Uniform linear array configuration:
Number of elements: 16
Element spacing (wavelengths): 1
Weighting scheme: exponential
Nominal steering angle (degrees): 45
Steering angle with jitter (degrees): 44.165
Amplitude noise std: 0.05
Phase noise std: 0.05

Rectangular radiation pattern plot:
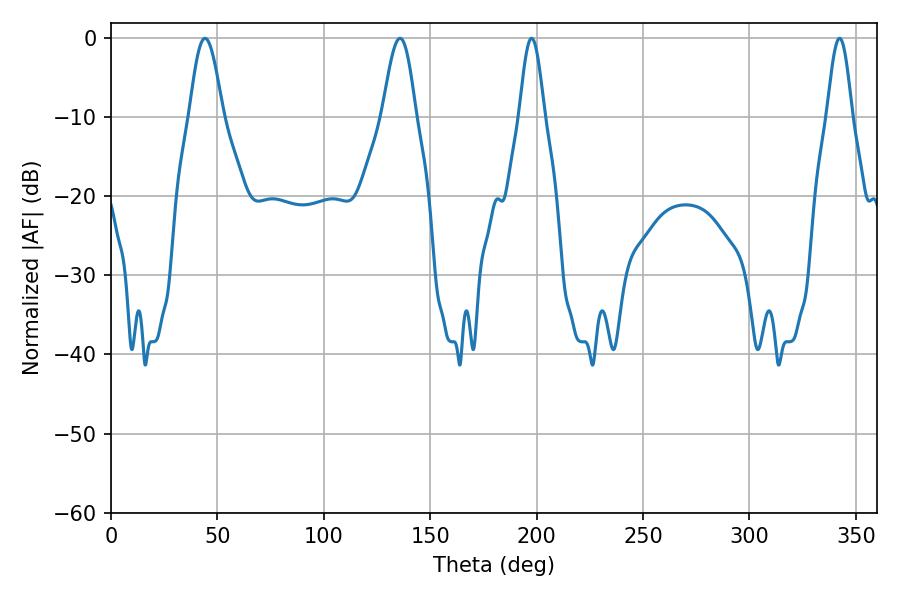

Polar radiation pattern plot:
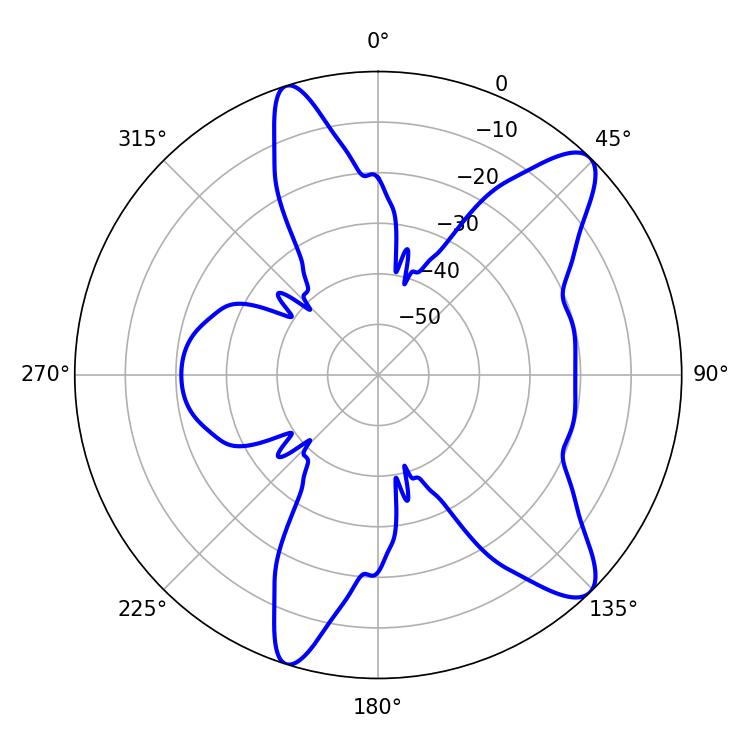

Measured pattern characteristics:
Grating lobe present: TRUE
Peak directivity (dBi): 10.803
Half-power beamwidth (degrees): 6.3
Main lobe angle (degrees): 197.64